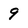
Character: 9